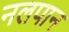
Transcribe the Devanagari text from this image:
नलपान